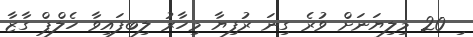
ި 20 މިލިޔަނަށް ވުރެ ގިނަ ރުފިޔާ މިހާރު ލިބފައިވާ ހެލްޕް ގާޒާ